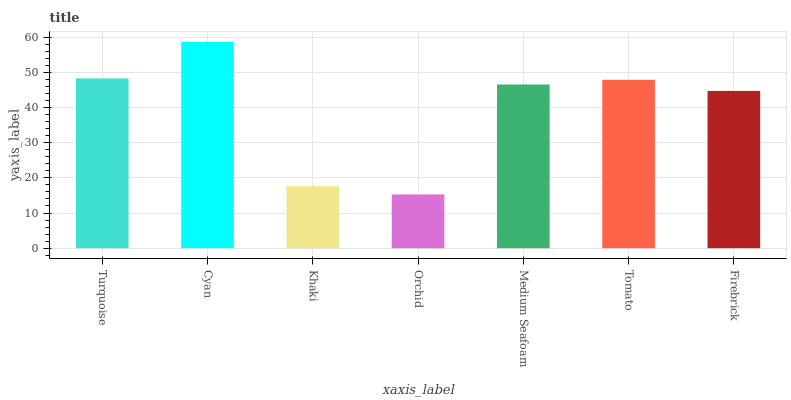
| xaxis_label | bars |
 | --- | --- |
 | Turquoise | 48.3 |
 | Cyan | 58.7 |
 | Khaki | 17.6 |
 | Orchid | 15.3 |
 | Medium Seafoam | 46.5 |
 | Tomato | 47.9 |
 | Firebrick | 44.7 |